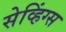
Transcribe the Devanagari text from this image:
सेव्हिंग्स